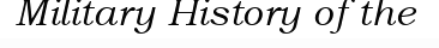
Military History of the